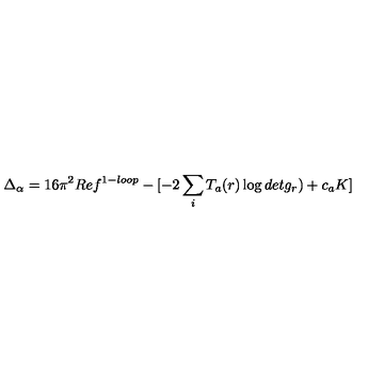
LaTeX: \Delta _ { \alpha } = 1 6 \pi ^ { 2 } R e f ^ { 1 - l o o p } - [ - 2 \sum _ { i } T _ { a } ( r ) \log d e t g _ { r } ) + c _ { a } K ]